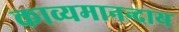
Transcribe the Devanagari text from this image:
काव्यमानन्दाय